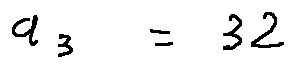
a _ { 3 } = 3 2